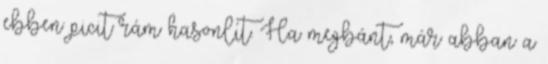
ebben picit rám hasonlít. Ha megbánt, már abban a